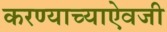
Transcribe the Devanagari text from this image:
करण्याच्याऐवजी